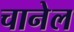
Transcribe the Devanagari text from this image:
चानेल